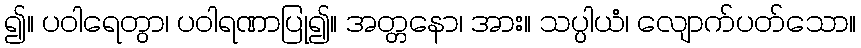
၍။ ပဝါရေတွာ၊ ပဝါရဏာပြု၍။ အတ္တနော၊ အား။ သပ္ပါယံ၊ လျောက်ပတ်သော။